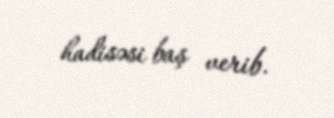
hadisəsi baş verib.